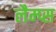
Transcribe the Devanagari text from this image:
लैम्प्स